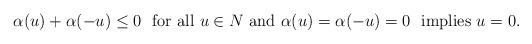
LaTeX: \begin{align*}\alpha (u)+\alpha (-u)\le0 \ \mbox{ for all $u\in N$ and } \alpha (u)=\alpha (-u)=0 \ \mbox{ implies $u=0$.}\end{align*}